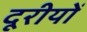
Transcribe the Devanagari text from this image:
दूरीयों